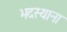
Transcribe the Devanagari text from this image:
भदस्याना